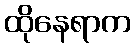
ထိုနေရာက